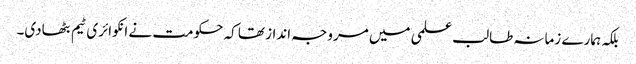
بلکہ ہمارے زمانہ طالب علمی میں مروجہ انداز تھا کہ حکومت نے انکوائری ٹیم بٹھادی۔